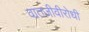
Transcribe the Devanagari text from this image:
वातजीवीरोधी